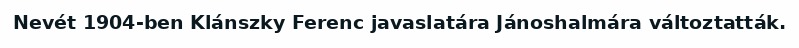
Nevét 1904-ben Klánszky Ferenc javaslatára Jánoshalmára változtatták.